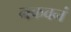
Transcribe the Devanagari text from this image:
नकवनं